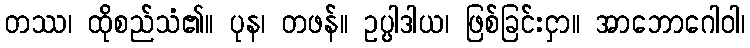
တဿ၊ ထိုစည်သံ၏။ ပုန၊ တဖန်။ ဥပ္ပါဒါယ၊ ဖြစ်ခြင်းငှာ။ အာဘောဂေါဝါ၊